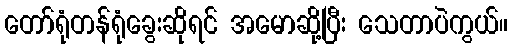
တော်ရုံတန်ရုံခွေးဆိုရင် အမောဆို့ပြီး သေတာပဲကွယ်။